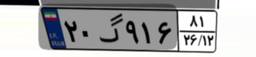
۲۰گ۹۱۶۸۱